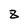
Character: 8